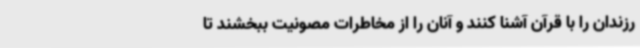
رزندان را با قرآن آشنا کنند و آنان را از مخاطرات مصونیت ببخشند تا